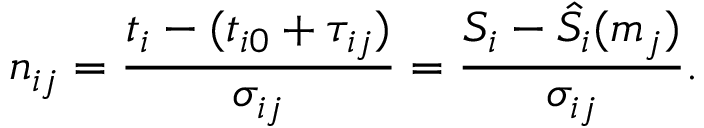
n _ { i j } = \frac { t _ { i } - ( t _ { i 0 } + \tau _ { i j } ) } { \sigma _ { i j } } = \frac { S _ { i } - \hat { S _ { i } } ( m _ { j } ) } { \sigma _ { i j } } .